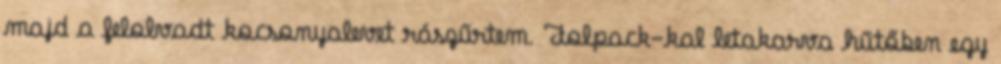
majd a felolvadt kocsonyalevet rászűrtem. Folpack-kal letakarva hűtőben egy